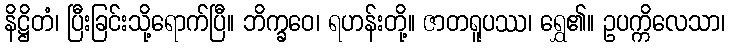
နိဋ္ဌိတံ၊ ပြီးခြင်းသို့ရောက်ပြီ။ ဘိက္ခဝေ၊ ရဟန်းတို့။ ဇာတရူပဿ၊ ရွှေ၏။ ဥပက္ကိလေသာ၊